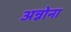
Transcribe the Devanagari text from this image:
अन्नोना